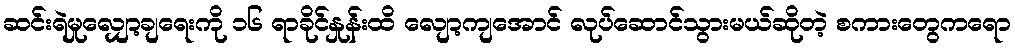
ဆင်းရဲမှုလျှော့ချရေးကို ၁၆ ရာခိုင်နှုန်းထိ လျော့ကျအောင် လုပ်ဆောင်သွားမယ်ဆိုတဲ့ စကားတွေကရော